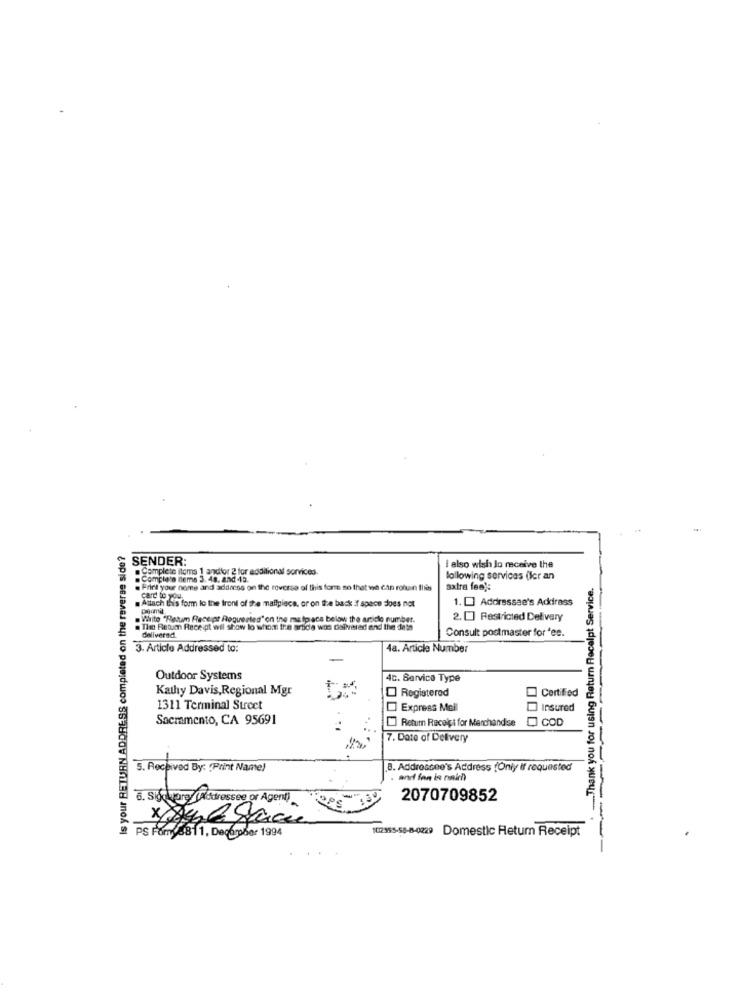
Is your RETURN ADDRESS completed on the reverse side?
SENDER:
Complete items 1 andtor 2 for additional services.
I also wish Jo receive the
Completo items 3. 48. and -45.
following services (ler an
..... Thank you for using Return Receipt Service.
. Print your name and address on the reverse of this form so that we can roluin this
satra fee):
Attach this form lo the front of the mallpiece, or on the back : space does not
1. [] Addressae's Address
Write "Ratum Receipt Requested" on the matpaca below the article number.
2. [] Restricted Delivery
The Return Receipt wil show to whom the arbide was delivered and the data
delivered
Consult postmaster for 'es.
3. Article Addressed to:
4a. Article Number
Outdoor Systems
4c. Service Type
Kathy Davis, Regional Mgr
Registered
Certified
1311 Terminal Street
Express Mail
Insured
Sacramento, CA 95691
[] Return Receipt for Merchandise
COD
7. Date of Delivery
5. Received By: (Print Name)
B. Addressee's Address (Only if requested
. and fen la naich
2070709852
102955-58-8-0229 Domestic Retum Receipt
PS Fom 8811, Decompder 1994
----